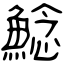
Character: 鯰